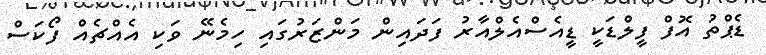
ޑެޕްތު އޮފް ފީލްޑަކީ ޑީއެސްއެލްއާރު ފަދައިން މަންޒަރުގައި ހިމެނޭ ވަކި އެއްޗެއް ފޯކަސް